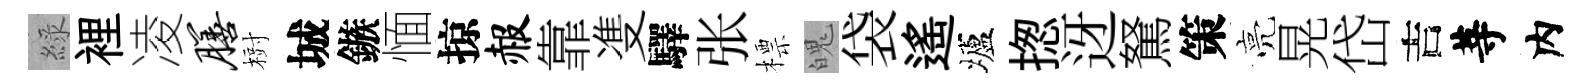
綠裡凌膳𣗳城鏃愐掠赧靠㕠驛张標魄袋遙壚揔迓駑策亮晃岱吉䓁内